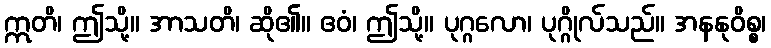
ဣတိ၊ ဤသို့။ အာသတိ၊ ဆို၏။ ဧဝံ၊ ဤသို့။ ပုဂ္ဂလော၊ ပုဂ္ဂိုလ်သည်။ အနနုဝိစ္စ၊